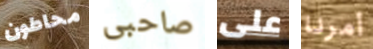
محاطون صاحبى على أمرنا